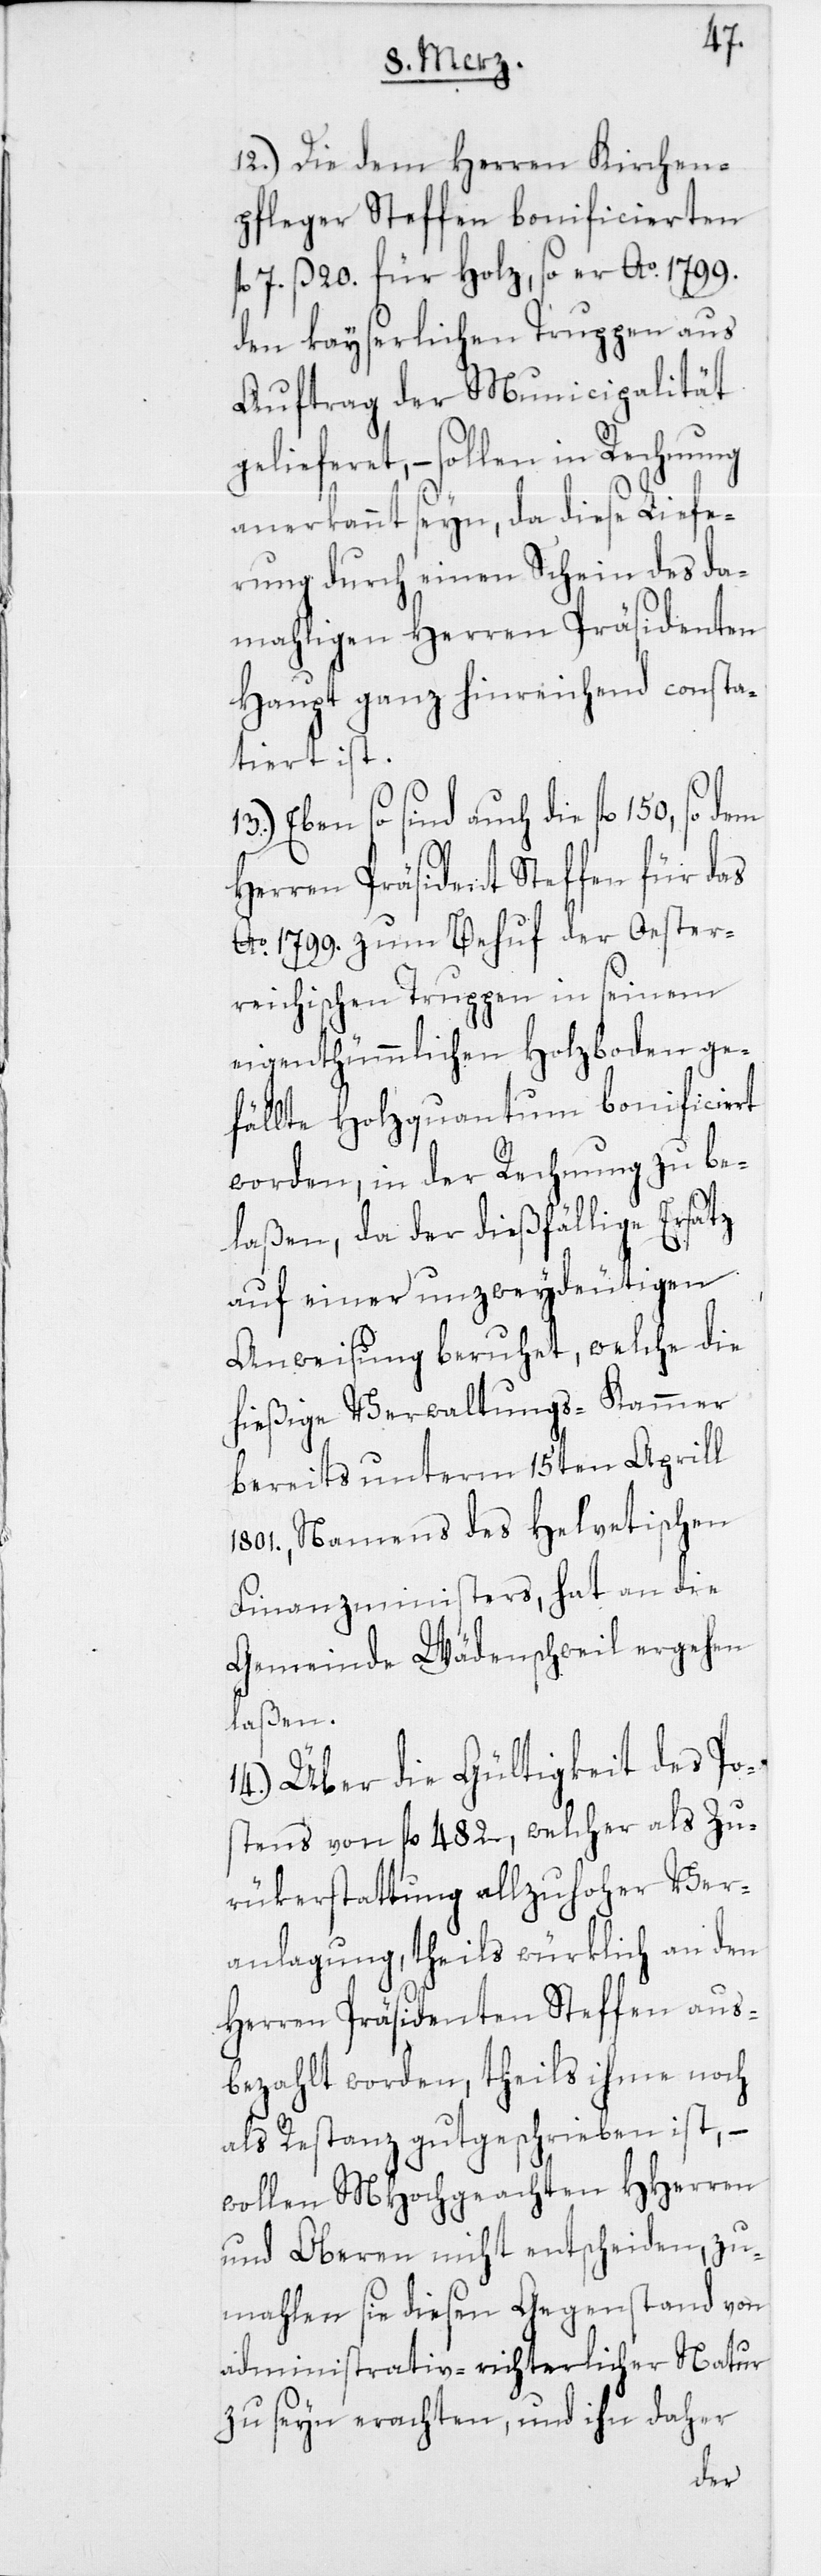
12.) Die dem Herren Kirchen¬
pfleger Steffen bonificierten
7. ß 20. für Holz, so er Ao 1799.
den kayserlichen Truppen aus
Auftrag der Municipalität
gelieferet, – sollen in Rechnung
anerkannt seyn, da diese Liefe¬
rung durch einen Schein des da¬
mahligen Herren Präsidenten
Haupt ganz hinreichend consta¬
tiert ist.
Eben so sind auch die fl. 150, so dem
Herren Präsident Steffen für das
Ao 1799. zum Behuf der Oester¬
reichischen Truppen in seinem
eigenthümmlichen Holzboden ge¬
fällte Holzquantum bonificiert
worden, in der Rechnung zu be¬
laßen, da der dießfällige Ersatz
auf einer unzweydeutigen
Anweisung beruhet, welche die
hießige Verwaltungs-Kammer
bereits unterm 15ten April
1801., Namens des Helvetischen
Finanzministers, hat an die
Gemeinde Wädenschweil ergehen
laßen.
14.) Über die Gültigkeit des Pos¬
tens von fl. 482., welcher als Zu¬
rükerstattung allzuhoher Ver¬
anlagung, theils würklich an den
Herren Präsidenten Steffen aus¬
bezahlt worden, theils ihme noch
als Restanz gutgeschrieben ist, –
wollen MHochgeachten HHerren
und Oberen nicht entscheiden, zu¬
mahlen sie diesen Gegenstand von
administrativ-richterlicher Natur
zu seyn erachten, und ihn daher